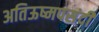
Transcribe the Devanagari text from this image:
अतिऊष्मपसंदी